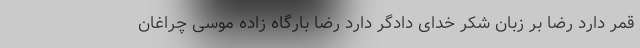
قمر دارد رضا بر زبان شکر خداى دادگر دارد رضا بارگاه زاده موسى چراغان